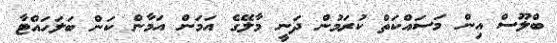
ބްލޫސް އިން މަސައްކަތް ކުރަމުން ދަނީ މާލޭގެ އަމަން އަމާން ކަން ބަލަހައްޓާ